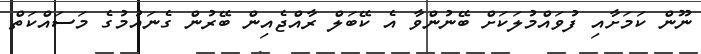
ނޫން ކަމަށާއި ފުވައްމުލަކަށް ބޭނުންވާ އެ ކޭބަލް ރާއްޖެއިން ބޭރުން ގެނައުމުގެ މަސައްކަތް